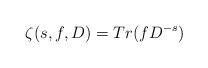
LaTeX: \begin{align*} \zeta(s, f, D)= Tr(fD^{-s})\end{align*}